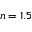
n = 1 . 5